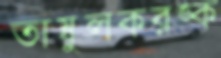
তাম্বুলকরঙ্ক